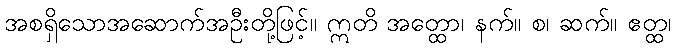
အစရှိသောအဆောက်အဦးတို့ဖြင့်။ ဣတိ အတ္ထော၊ နက်။ စ၊ ဆက်။ ဧတ္ထ၊